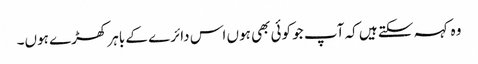
وہ کہہ سکتے ہیں کہ آپ جو کوئی بھی ہوں اس دائرے کے باہر کھڑے ہوں۔